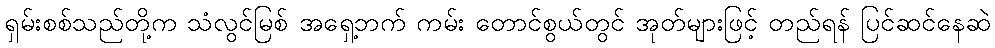
ရှမ်းစစ်သည်တို့က သံလွင်မြစ် အရှေ့ဘက် ကမ်း တောင်စွယ်တွင် အုတ်များဖြင့် တည်ရန် ပြင်ဆင်နေဆဲ